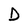
Character: D